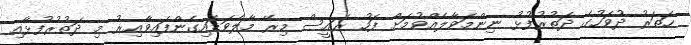
ހަތަރު ދުވަހުގެ ދަތުރުފުޅު ނިންމަވާލެއްވުމަށް ފަހު ރައީސް މިރޭ މާލެވަޑައިގެންފައިވާއިރު މި ދަތުރުފުޅާއި